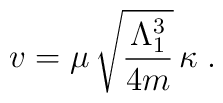
v=\mu\,\sqrt{\frac{\Lambda_1^3}{4m}}\,\kappa\;.